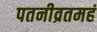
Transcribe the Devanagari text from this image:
पतनीव्रतमहं